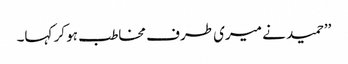
’’حمید نے میری طرف مخاطب ہو کر کہا۔